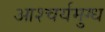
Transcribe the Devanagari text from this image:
आश्चर्यमुग्ध